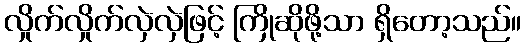
လှိုက်လှိုက်လှဲလှဲဖြင့် ကြိုဆိုဖို့သာ ရှိတော့သည်။